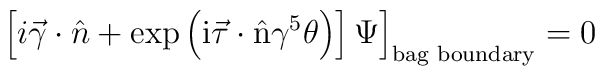
\left. \left[i \vec{\gamma} \cdot \hat{n} + \rm{exp}\left(i \vec{\tau}\cdot \hat{n} \gamma^{5} \theta \right)\right] \Psi\right]_{\rm bag\,\, boundary}=0